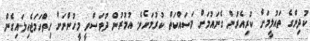
ކުދިންގެ ތައުލީމަށް ކުރިއެރުން ގެނައުމަށް މަސައްކަތް ކުރުމަށެވެ. އުމުރުން ދުވަސްވީ މީހުންނަށް ހިތްހަމަޖެހިލައިގެން